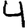
Digit: 4